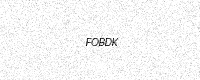
Text: FOBDK